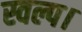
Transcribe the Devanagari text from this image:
स्वल्प।